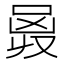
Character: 𠵶